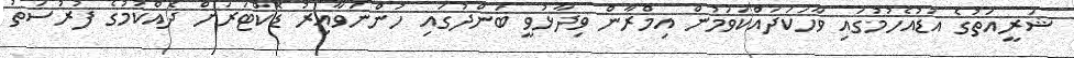
ޝަރީއަތުގެ އަޑުއެހުމުގައި ވާހަކަދައްކަވަމުން އިމްރާން ވިދާޅުވީ ބަންދުގައި ހުންނަވާއިރު ޑޮކްޓަރަށް ދެއްކުމުގެ ފުރުސަތު